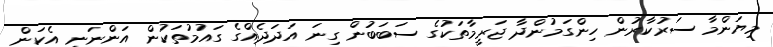
މިޔަންމާ ސަރުކާރުން ހިންގަމުންދާ ޖަރީމާތަކުގެ ސަބަބުން ގިނަ އަދަދެއްގެ ގައުމުތަކުން އަންނަނީ އެކަން